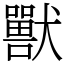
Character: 獸